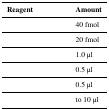
<table><thead><tr><td><b>Reagent</b></td><td><b>Amount</b></td></tr></thead><tbody><tr><td>[EMPTY_CELL]</td><td>40 fmol</td></tr><tr><td>[EMPTY_CELL]</td><td>20 fmol</td></tr><tr><td>[EMPTY_CELL]</td><td>1.0 μl</td></tr><tr><td>[EMPTY_CELL]</td><td>0.5 μl</td></tr><tr><td>[EMPTY_CELL]</td><td>0.5 μl</td></tr><tr><td>[EMPTY_CELL]</td><td>to 10 μl</td></tr></tbody></table>